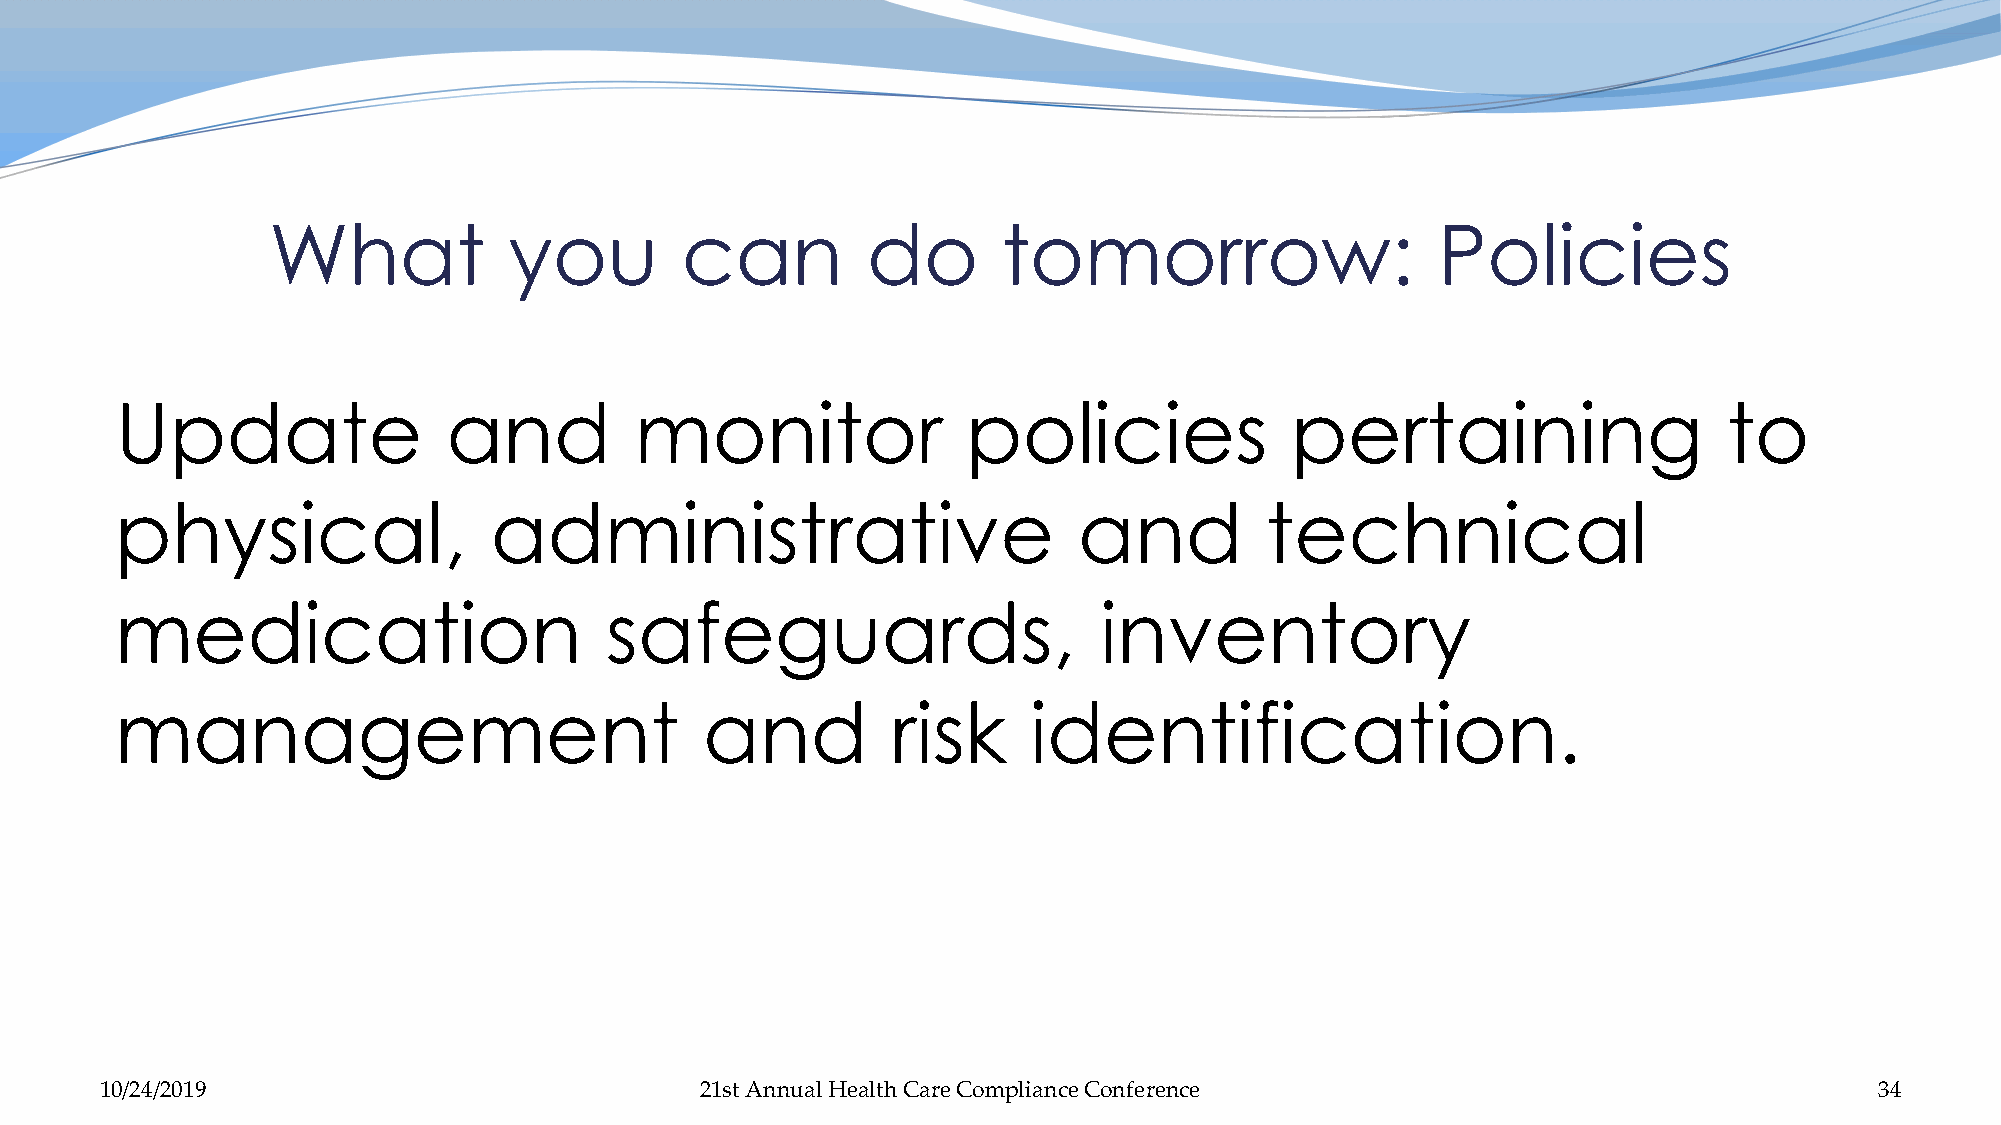
What            you        can         do       tomorrow:                    Policies
 Update                and         monitor               policies             pertaining                   to
 physical,               administrative                         and          technical
 medication                      safeguards,                      inventory
 management                             and         risk     identification.
 10/24/2019                             21st Annual Health Care Compliance Conference                                 34